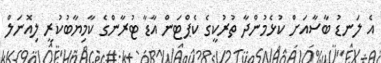
އެ ލަނޑު ބާސާއަށް ކުޅެމުންދާ ތުރުކީގެ ކެޕްޓަން އާޑާ ޓުރާންގެ ކާމިޔާބުކުރީ ލިއޮނަލް